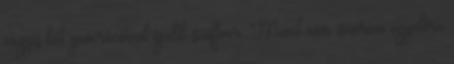
vagyis két generációval újabb szoftver. Mivel nem ismerem egyelőre